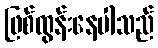
ဖြစ်ထွန်းနေပါသည်